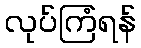
လုပ်ကြံရန်